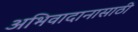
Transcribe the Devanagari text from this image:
अभिवादानासाठी